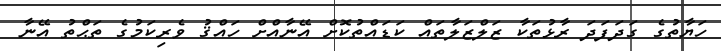
ހަޔާތުގެ ގަދަފަދަ ރާޅުތަކާ ޒަލްޒަލާތައް ކަޑައްތުކޮށް އޭނާއްށް ހައްޤު ވެރިކަމުގެ ތަޙްތު އޭނާ